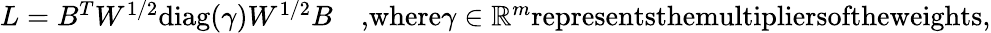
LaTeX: \begin{array}{r}{L=B^{T}W^{1/2}\textrm{diag}(\gamma)W^{1/2}B\quad\textrm{,where}\gamma\in\mathbb{R}^{m}\textrm{representsthemultipliersoftheweights},}\end{array}